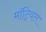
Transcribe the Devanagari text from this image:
मॉट्रियल